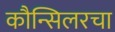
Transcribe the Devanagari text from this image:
कौन्सिलरचा